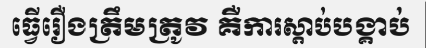
ធ្វើរឿងត្រឹមត្រូវ គឺការស្តាប់បង្គាប់